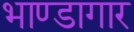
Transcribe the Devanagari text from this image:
भाण्डागार